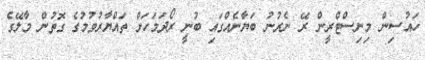
ހައުސިން މިނިސްޓްރީން ރޭ ނެރުނު ބަޔާނެއްގައި ބުނީ ރޯދަމަހަށް ތައްޔާރުވުމުގެ ގޮތުން މާލޭގެ